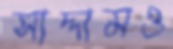
সাদ্দামও